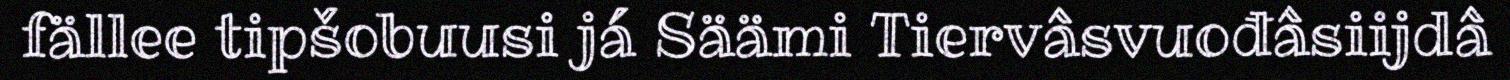
fällee tipšobuusi já Säämi Tiervâsvuođâsiijdâ